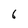
Character: 6